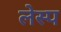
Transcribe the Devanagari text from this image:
लेस्प